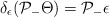
\begin{align*}\delta_{\epsilon} (\mathcal{P}_{-} \Theta) = \mathcal{P}_{-}\epsilon\end{align*}